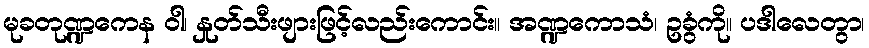
မုခတုဏ္ဍကေန ဝါ၊ နှုတ်သီးဖျားဖြင့်လည်းကောင်း။ အဏ္ဍကောသံ၊ ဥခွံကို။ ပဒါလေတွာ၊